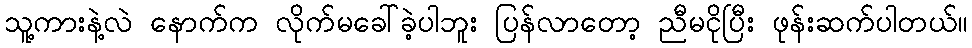
သူ့ကားနဲ့လဲ နောက်က လိုက်မခေါ်ခဲ့ပါဘူး ပြန်လာတော့ ညီမငိုပြီး ဖုန်းဆက်ပါတယ်။